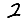
Digit: 2